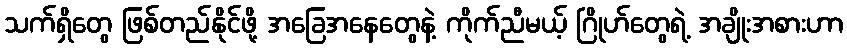
သက်ရှိတွေ ဖြစ်တည်နိုင်ဖို့ အခြေအနေတွေနဲ့ ကိုက်ညီမယ့် ဂြိုဟ်တွေရဲ့ အချိုးအစားဟာ